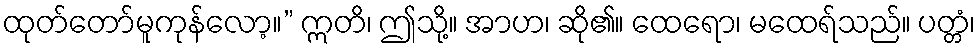
ထုတ်တော်မူကုန်လော့။” ဣတိ၊ ဤသို့။ အာဟ၊ ဆို၏။ ထေရော၊ မထေရ်သည်။ ပတ္တံ၊